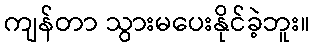
ကျန်တာ သွားမပေးနိုင်ခဲ့ဘူး။